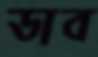
ডাব